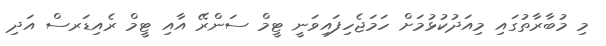
މި މުބާރާތުގައި މިއަދުކުޅުމަށް ހަމަޖެހިފައިވަނީ ޓީމް ސަންރޭ އާއި ޓީމް ރެއިޑަރސް އަދި